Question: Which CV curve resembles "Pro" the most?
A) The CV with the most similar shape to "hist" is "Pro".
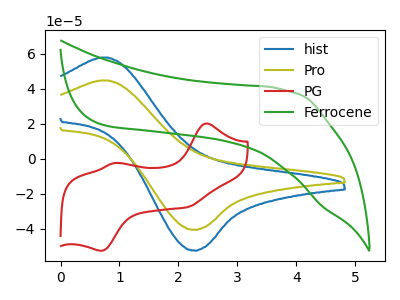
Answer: <think>The blue curve "hist" has an anodic peak at (0.80V, 57.90uA) and a cathodic peak at (2.25V, -52.35uA). The olive curve "Pro" has an anodic peak at (0.80V, 44.80uA) and a cathodic peak at (2.25V, -40.50uA). The red curve "PG" has anodic peaks at (2.45V, 20.20uA) (0.90V, -2.40uA) and cathodic peaks at (2.15V, -27.65uA) (0.70V, -52.55uA). The green curve "Ferrocene" has no peaks.
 All the peaks in "hist" have a peak in "Pro" at the same potential. Every peak in "hist" is higher than every peak in "Pro". "hist" and "PG" have a different number of peaks. "hist" and "Ferrocene" have a different number of peaks. "Pro" and "PG" have a different number of peaks. "Pro" and "Ferrocene" have a different number of peaks. "PG" and "Ferrocene" have a different number of peaks.</think>
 <answer>A) The CV with the most similar shape to "hist" is "Pro".</answer>
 <eval>A</eval>